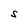
Character: S